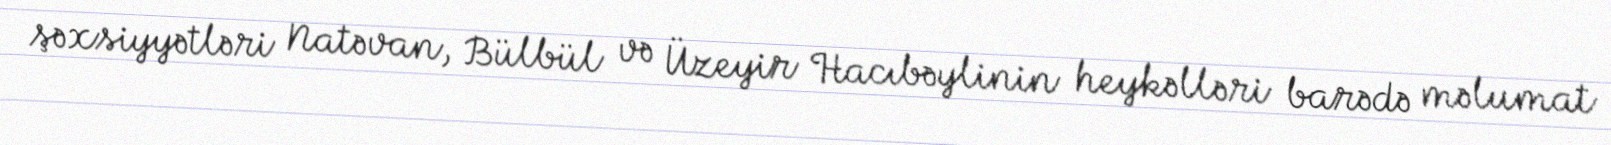
şəxsiyyətləri Natəvan, Bülbül və Üzeyir Hacıbəylinin heykəlləri barədə məlumat